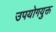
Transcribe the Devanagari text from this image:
उपयोगयुक्त